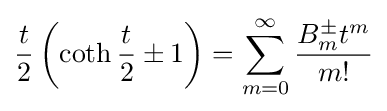
{\frac {t}{2}}\left(\operatorname {coth} {\frac {t}{2}}\pm 1\right)=\sum _{m=0}^{\infty }{\frac {B_{m}^{\pm {}}t^{m}}{m!}}